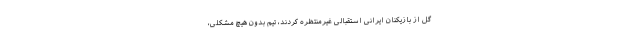
گل از بازیکنان ایرانی استقبالی غیرمنتظره کردند، تیم بدون هیچ مشکلی،